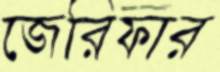
জেরিফার